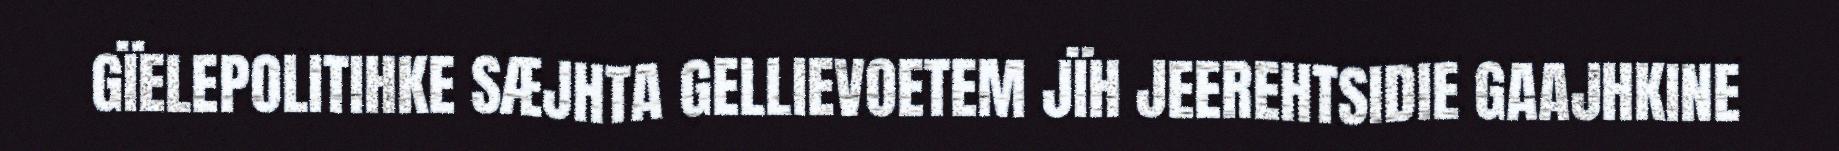
GÏELEPOLITIHKE SÆJHTA GELLIEVOETEM JÏH JEEREHTSIDIE GAAJHKINE